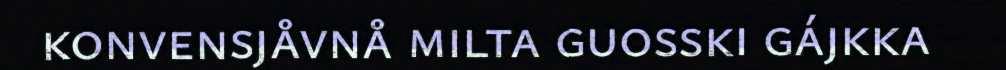
konvensjåvnå milta guosski gájkka